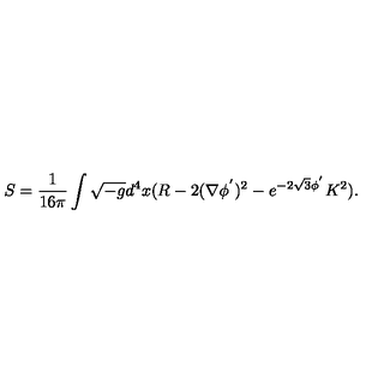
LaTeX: S = \frac { 1 } { 1 6 \pi } \int \sqrt { - g } d ^ { 4 } x ( R - 2 ( \nabla \phi ^ { ' } ) ^ { 2 } - e ^ { - 2 \sqrt { 3 } \phi ^ { ' } } K ^ { 2 } ) .